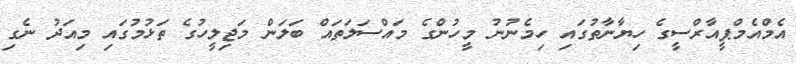
އެމްއެމްޕީއާރްސީގެ ހިޔާނާތުގައި ހިމެނުނު މީހުންގެ މައްސަލަތައް ބަލަން މަޖިލީހުގެ ތަޅުމުގައި މިއަދު ނެގި